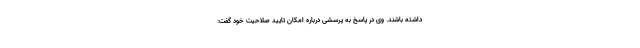
داشته باشند. وی در پاسخ به پرسشی درباره امکان تایید صلاحیت خود گفت: